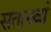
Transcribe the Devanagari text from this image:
सतानवां